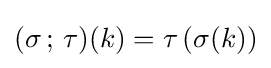
(\sigma \,;\,\tau )(k)=\tau \left(\sigma (k)\right)